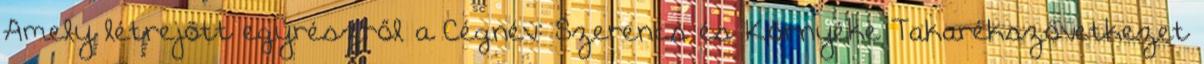
Amely létrejött egyrészről a Cégnév: Szerencs és Környéke Takarékszövetkezet